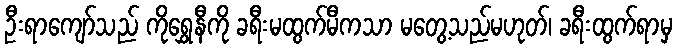
ဦးရာကျော်သည် ကိုရွှေနီကို ခရီးမထွက်မီကသာ မတွေ့သည်မဟုတ်၊ ခရီးထွက်ရာမှ